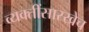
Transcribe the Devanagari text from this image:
व्यक्तींसारखेच